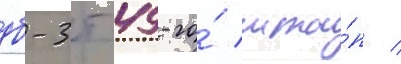
дб-3т 49-го́ мта́п /